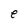
Character: e